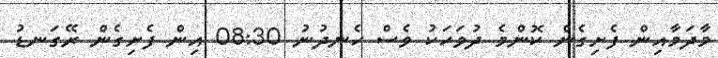
މާދަމާއިން ފެށިގެން ކޮންމެ ދުވަހަކު ވެސް ހެނދުނު 08:30 އިން ފެށިގެން ރޭގަނޑު